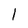
Character: 1